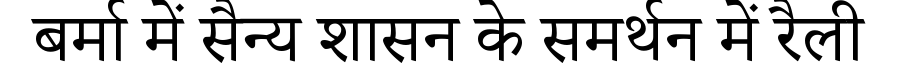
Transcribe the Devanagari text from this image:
बर्मा में सैन्य शासन के समर्थन में रैली